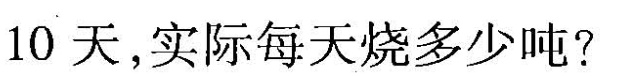
10天，实际每天烧多少吨?